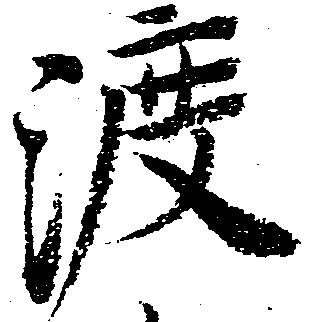
渡